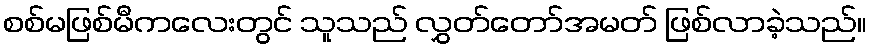
စစ်မဖြစ်မီကလေးတွင် သူသည် လွှတ်တော်အမတ် ဖြစ်လာခဲ့သည်။